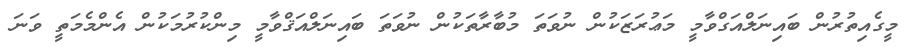
މީގެއިތުރުން ބައިނަލްއަގްވާމީ މަޢުރަޒަކުން ނުވަތަ މުބާރާތަކުން ނުވަތަ ބައިނަލްއަޤްވާމީ މިންކުރުމަކުން އެންމެމަތީ ވަނަ